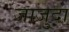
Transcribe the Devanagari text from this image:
जाजुदा